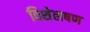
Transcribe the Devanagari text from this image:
विशेलषण